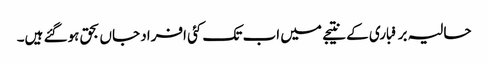
حالیہ برفباری کے نتیجے میں اب تک کئی افراد جاں بحق ہوگئے ہیں۔